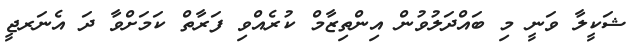
ޝަކީލާ ވަނީ މި ބައްދަލުވުން އިންތިޒާމް ކުރެއްވި ފަރާތް ކަމަށްވާ ދަ އެނަރޖީ